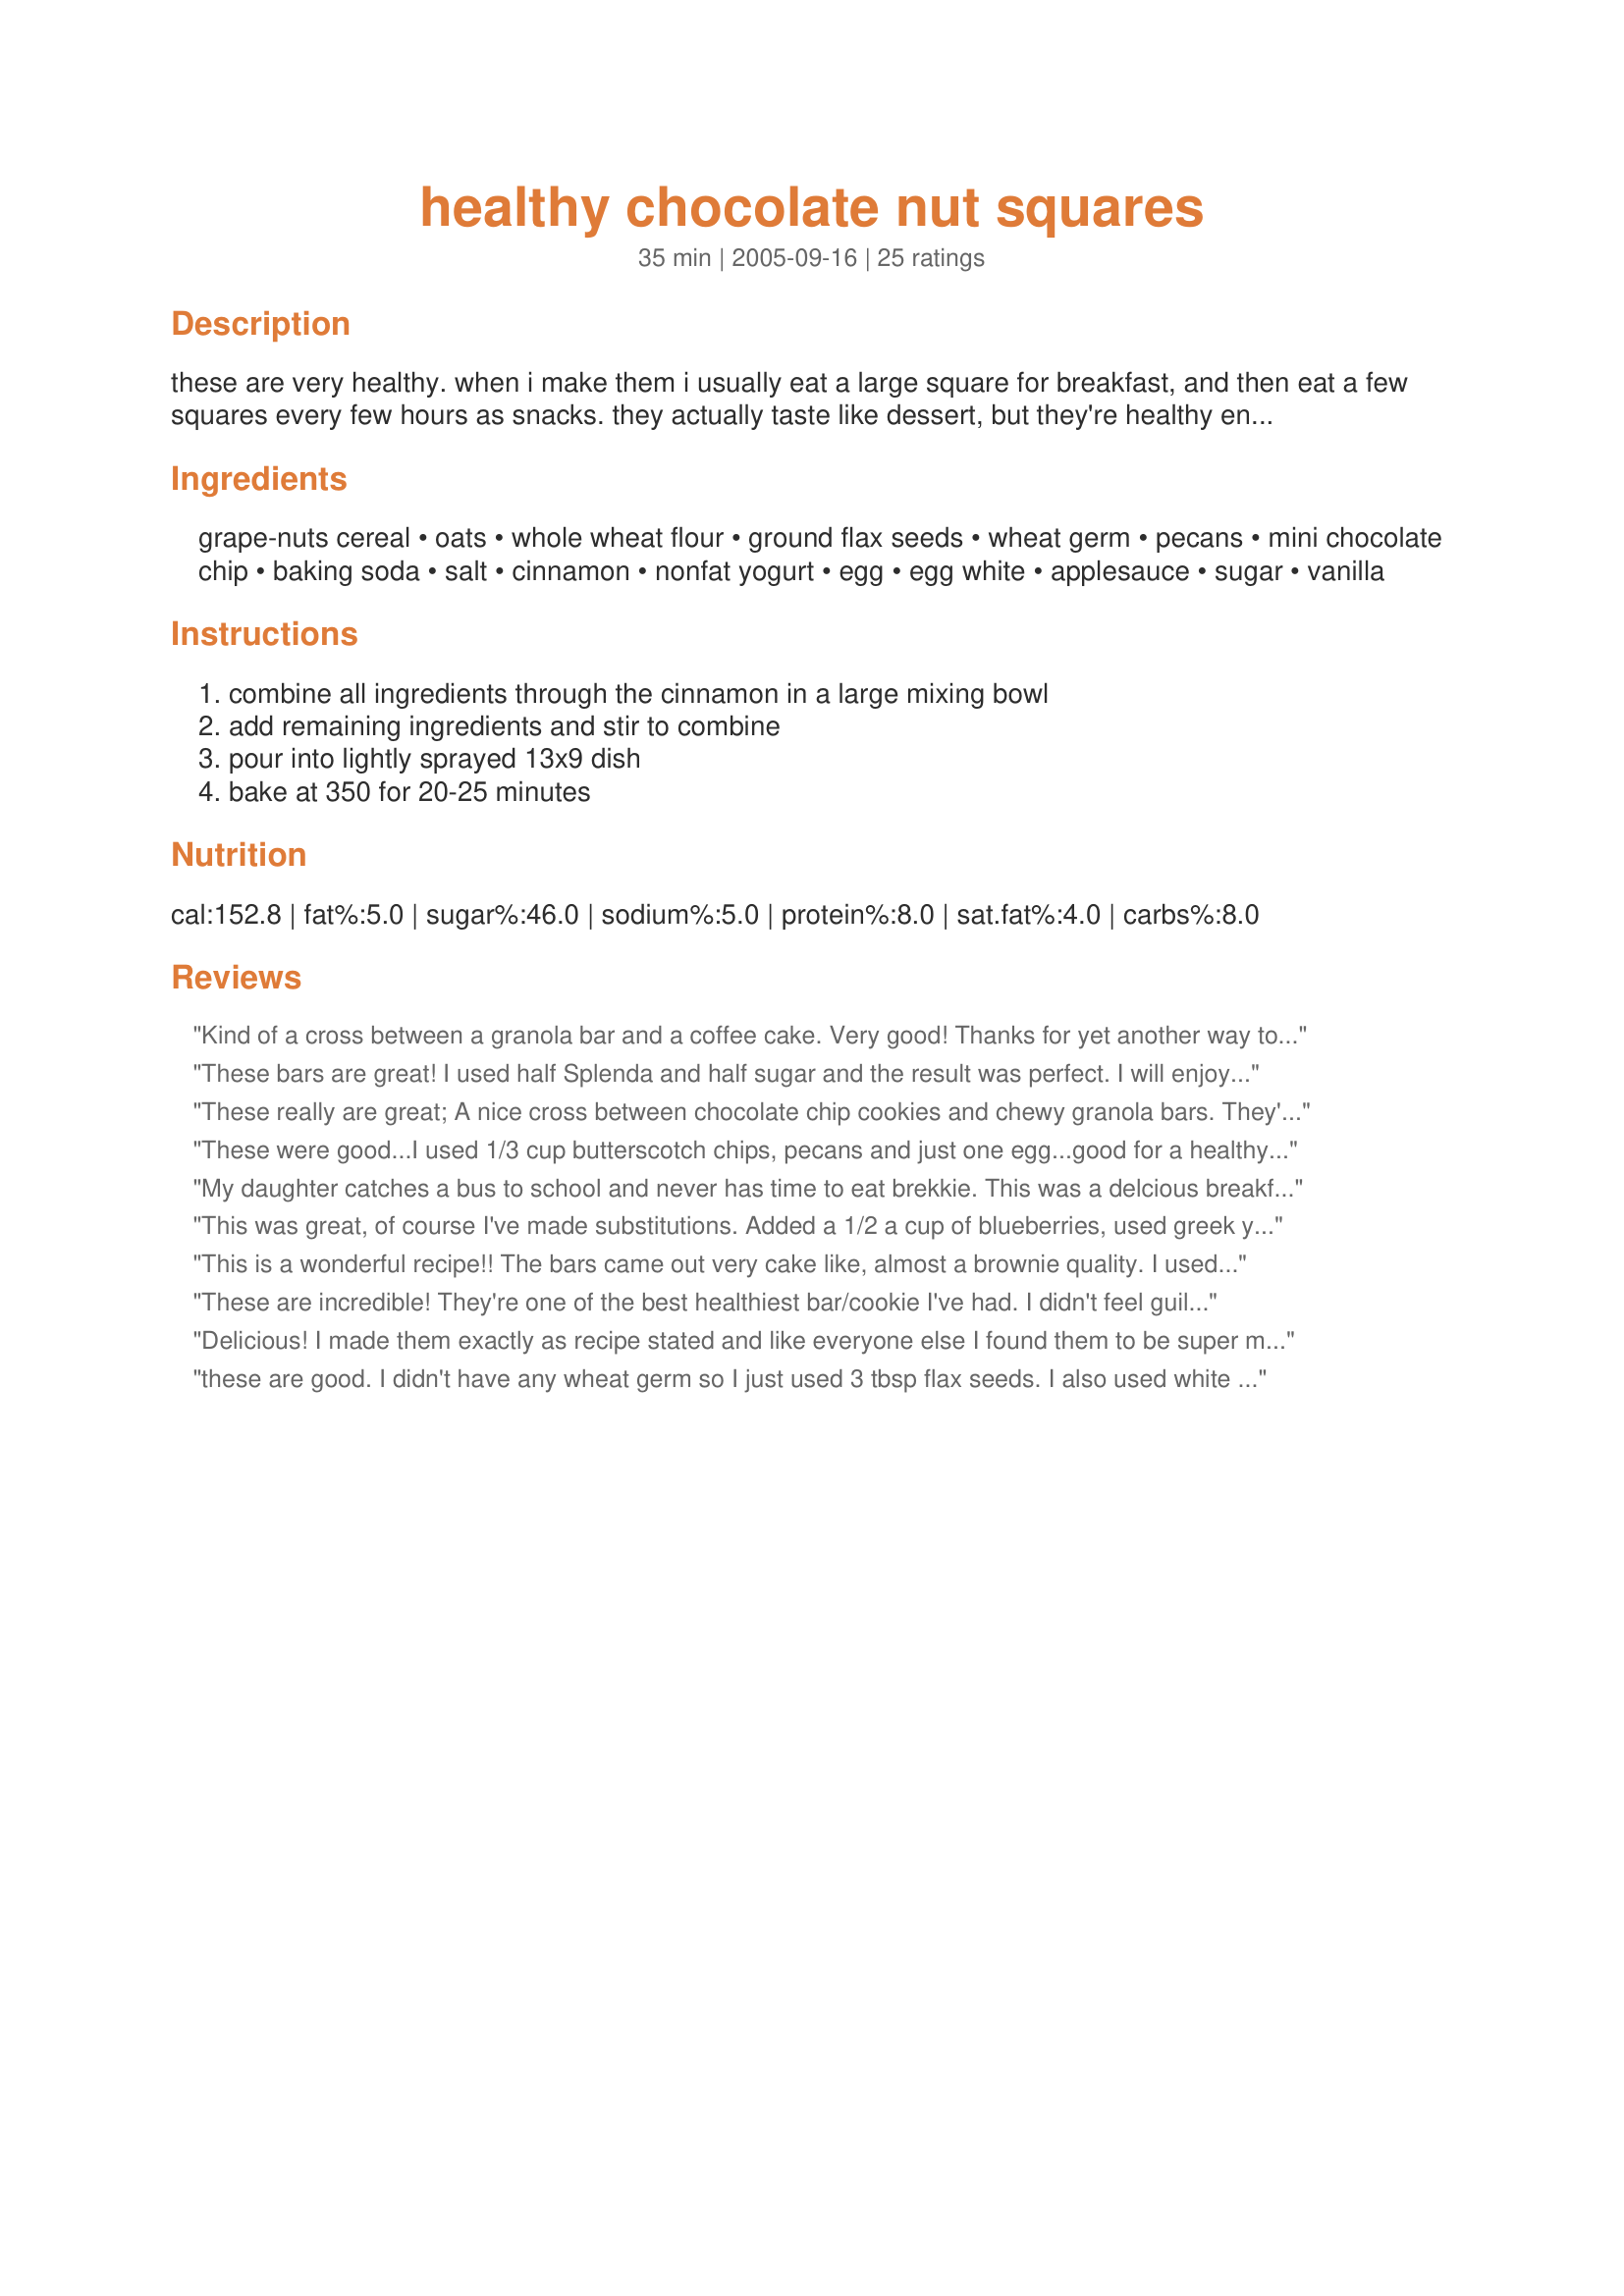
healthy chocolate nut squares
Preparation time: 35 minutes

these are very healthy. when i make them i usually eat a large square for breakfast, and then eat a few squares every few hours as snacks. they actually taste like dessert, but they're healthy enough to eat for a meal. this is a revised recipe that i got from the back of seven in the morning cereal.

Ingredients:
grape-nuts cereal, oats, whole wheat flour, ground flax seeds, wheat germ, pecans, mini chocolate chip, baking soda, salt, cinnamon, nonfat yogurt, egg, egg white, applesauce, sugar, vanilla

Steps:
combine all ingredients through the cinnamon in a large mixing bowl, add remaining ingredients and stir to combine, pour into lightly sprayed 13x9 dish, bake at 350 for 20-25 minutes

Reviews:
Kind of a cross between a granola bar and a coffee cake. Very good! Thanks for yet another way to use grape nuts. :)
These bars are great! I used half Splenda and half sugar and the result was perfect. I will enjoy these for breakfast and snacks. Thanks for posting!
These really are great; A nice cross between chocolate chip cookies and chewy granola bars. They're pretty hefty in size, too, which is always good! Mine came out pretty soft after 22 minutes, next time I'll bake them a bit longer. Thanks, ShaGun!
These were good...I used 1/3 cup butterscotch chips, pecans and just one egg...good for a healthy treat!
My daughter catches a bus to school and never has time to eat brekkie. This was a delcious breakfast food on the go for her. Thank you for the recipe - I to used applesauce and low fat plain yoghurt.
This was great, of course I've made substitutions. Added a 1/2 a cup of blueberries, used greek yogurt instead of plain, used splenda brown sugar, added a teaspoon of cocoa powder instead of chocolate chips for a chocolate taste. I've made it about 6 times and used different cereals everytime, cheerios went very well. 

What a great versatile recipe. My DH and my friends were amazed lol!!!!!
Thanx!!!!!!
This is a wonderful recipe!! The bars came out very cake like, almost a brownie quality. I used a mixture of mostly bran buds and a bit of homemade cereal (based on recipe#56621 by UnknownChef86) with a vanilla yogurt, homemade applesauce, mixed chopped nuts, egg-subs, and brown sugar/"splenda"blend. I loved the addition of the wheat germ and flax seed. I did not have any mini-chips and this recipe would be just as excellent without it, but to satisfy my chocolate cravings I shaved some semi-sweet bar chocolate into the mix. The result was fabulously delicious...a big hit at my home. It is a versatile recipe that other additions could be easily introduced to (dried fruit, sunflower seeds, steel cut oats). Again, a wonderful recipe - Thank you Chef ShaGun!!!
These are incredible! They're one of the best healthiest bar/cookie I've had. I didn't feel guilty eating this for my breakfast. My 2 year old loved these. I used pecans, fat free plain yogurt and applesauce.
Delicious! I made them exactly as recipe stated and like everyone else I found them to be super moist and delicious! I will be making these on a weekly basis!
these are good. I didn't have any wheat germ so I just used 3 tbsp flax seeds. I also used white flour and olive oil. overall they are good but will wait for huddy to be the final judge tonight!
These are moist and delicious, and they earn extra points for being healthful. I followed the recipe, using Grape Nuts, old-fashioned oats, white whole-wheat flour, pecans, plain yogurt, and applesauce. Great bar for a quick breakfast or snack--thanks for posting the recipe!
Great taste; moist and cakelike. I used a muesli cereal for the Grape Nuts and 1/2 C Egg Beaters and 1/3 C olive oil. Lots of good healthy stuff in there! I like using the mini chips as it spreads out better with less.
Out of all the healthy bar recipes I've been trying, this is the first one to turn out exactly as the recipe said. This is an amazing treat. I love how it turned out so moist with the applesauce and the yogurt. I actually tried it with Vanilla Light & Fit because it was exactly 6 ounces and I wanted to add some more flavor. I also kept the sugar at 1/2 cup. Tastes great.
made these this morning, very yummy healthy bar, i used mixed trail mix for the nuts, and only one egg white, fiber one cereal, came out nice!
These are pretty good. They're not going to fool anyone into thinking they're really cake or brownies, but if you are looking for a healthy, yet tempting, snack for self or little ones, this fits the bill. I made these for very picky 2 yr. old DDs mid-morning snack and she seemed to enjoy it. I used unsweetened applesauce (all I had), extra nuts (she loves nuts) and doubled the germ since I didn't have flax seed. Thanks for a good treat. Might see if they freeze well, since a 9x13 is a pretty large batch for just me and her :)
Yummy! I was very impressed with how tasty this healthy recipe is. I made a couple of substitutions, just because I realized too late that I didn't have yogurt or applesauce in the house. I used milk instead of yogurt and apple butter in place of the applesauce. The apple butter gave a wonderful flavor; I think I'd use it again! These bars turned out great - very moist and flavorful! It's a keeper! I might try it next time with cranberries or raisins in place of the chocolate chips.
WOW. These are great!! I just made these and they are sooooo yummy! GREAT snack for the kids!!
These are delicious. I have made them twice in the last two weeks. I was suprised that they stayed moist and "cake-like" in texture. I did make a few substitutions: Used all bran for the cereal, whole flax seeds instead of meal, lite sour cream istead of yogurt, egg beaters instead of eggs, and 1/3 cup of brown sugar splenda istead of 2/3 cup white sugar. I also used home made chunky applesauce, so it had big pieces of moist yummy apple in it. Even my picky kids gobbled these up...thanks for sharing..will be making this one again and again!
Great recipe - doesn't taste healthy:) Thanks for posting it. I have made this a few times now and the best part of this recipe is that it's so adaptable. I've used several different cereals and usually use buttermilk instead of yogurt and 1/2 c brown sugar. I love making my own chunky apple sauce in the microwave for this. Even my super picky hubby loves these. Thanks for the great recipe. This is one of my absolute fav's.
We loved these. I used a kashi cereal with flakes, and a mixed grain hot cereal for the oats (as I was out). I used sliced almonds for the nuts, and splenda for the sugar. These turned out great, very cakey. I thought my kids would think 1/4 cup mini chips were not enough, but it worked out great. We all love them and I plan on freezing some for my son's school lunches.
I love these! So easy and versatile too. I used 1/2 cup of sugar because my applesauce was sweetened, and used almonds as my nut, and did everything else according to the recipe. It came together quickly and the bars froze well, too. Thanks for the recipe!
I wish I could give these 10 stars!! They were amazing! I cut the recipe in half, used total whole grain cereal & skipped the flax seeds & pecans. I also used low carb vanilla yogurt, applesauce. I kind of improvised with the sugar amount: 2 tsp Splenda brown sugar blend & 1 tbsp + 1 tsp Splenda (it worked great!) I used egg sub (comes out to 3 tbsp after halving the recipe). Oh, and I used quick oats. The bars are quite moist, so try to restrain yourself from cutting into them too quickly as I did! This totally satisfied my choc craving with no guilt. Can't thank you enough for sharing!
I do not like nuts so I use 1/2 cup of mini chips and no nuts. I also cook in a 9x9 pan so they are thicker. They are 3pts each on WW. I love them!
I used 1/2 cup kashi and the rest Honey Bunches of Oats. I also split the sugar between brown and white, but it was missing something overall, maybe ground cloves would jazz it up??
I have been looking for something that was healthy and tasty and this fits the bill. I did use 1/2 cup brown sugar like one reviewer said. I didn't have wheat germ so I just doubled the flax. It was so moist and I had it for breakfast and for a mid-afternoon snack.
